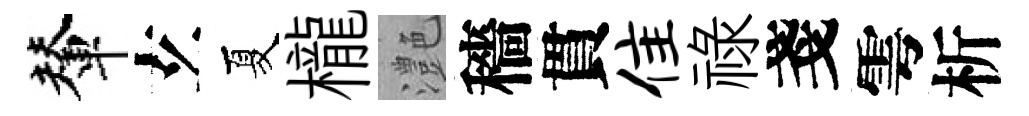
輦𤣥夏櫳灔穡貫隹禄戔雩析